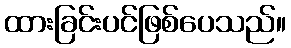
ထားခြင်းပင်ဖြစ်ပေသည်။